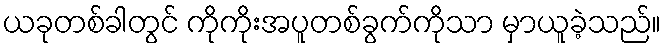
ယခုတစ်ခါတွင် ကိုကိုးအပူတစ်ခွက်ကိုသာ မှာယူခဲ့သည်။